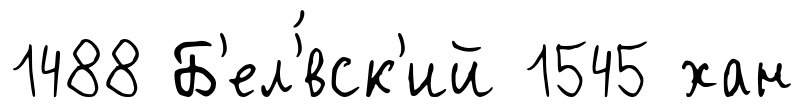
1488 Б'ел'́вск'ий 1545 хан